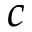
c